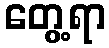
တွေ့ရာ